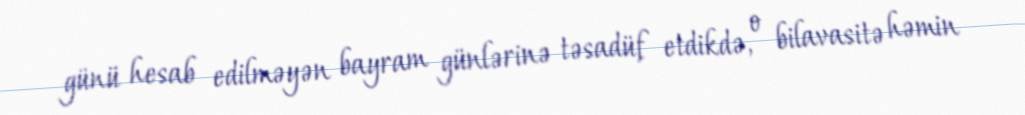
günü hesab edilməyən bayram günlərinə təsadüf etdikdə, o bilavasitə həmin